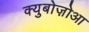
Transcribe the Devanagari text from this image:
क्युबोज़ोआ